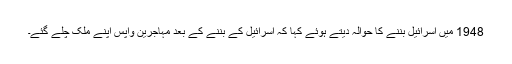
1948 میں اسرائیل بننے کا حوالہ دیتے ہوئے کہا کہ اسرائیل کے بننے کے بعد مہاجرین واپس اپنے ملک چلے گئے۔